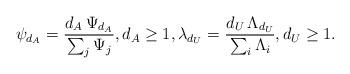
LaTeX: \begin{align*}\psi_{d_A} = \frac{d_A \, \Psi_{d_A}}{ \sum_j \Psi_j } , d_A \geq 1, \lambda_{d_U} = \frac{ d_U \, \Lambda_{d_U} }{ \sum_i \Lambda_i }, d_U \geq 1.\end{align*}